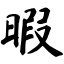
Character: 暇